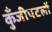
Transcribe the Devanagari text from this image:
कुँजीपटलों